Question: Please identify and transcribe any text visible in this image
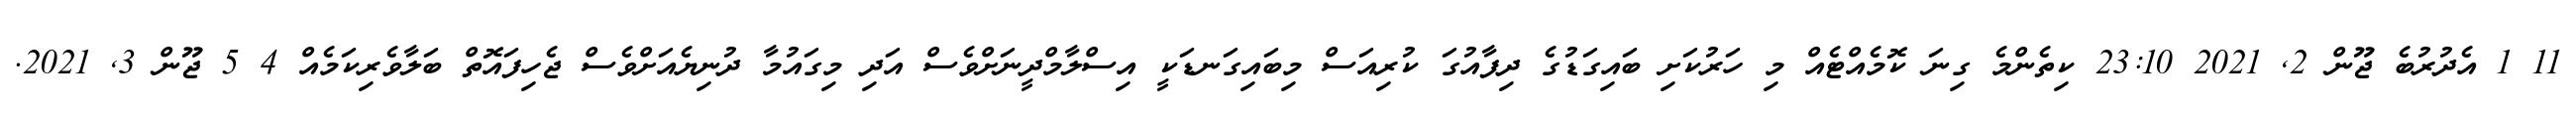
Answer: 11 1 އެދުރުބެ ޖޫން 2, 2021 23:10 ކިތެންމެ ގިނަ ކޮމެއްޓެއް މި ހަރުކަށި ބައިގަޑުގެ ދިފާއުގަ ކުރިއަސް މިބައިގަނޑަކީ އިސްލާމްދީނަށްވެސް އަދި މިގައުމާ ދުނިޔެއަށްވެސް ޖެހިފައޮތް ބަލާވެރިކަމެއް 4 5 ޖޫން 3, 2021.